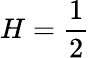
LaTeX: H=\frac{1}{2}